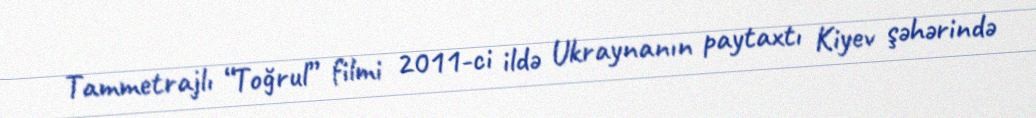
Tammetrajlı “Toğrul” filmi 2011-ci ildə Ukraynanın paytaxtı Kiyev şəhərində